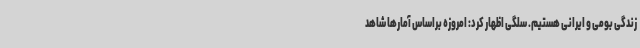
زندگی بومی و ایرانی هستیم. سلگی اظهار کرد: امروزه براساس آمارها شاهد